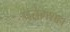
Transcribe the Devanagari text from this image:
पतंगशहा